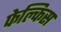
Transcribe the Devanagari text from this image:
फेल्किस